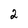
Character: 2